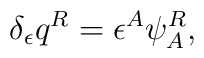
\delta_\epsilon q^R = \epsilon^A \psi^R_A,